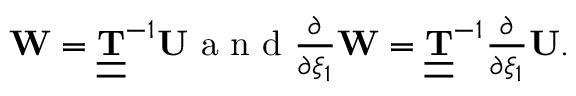
\begin{array} { r } { \mathbf { W } = \underline { { \underline { { \bf T } } } } ^ { - 1 } \mathbf { U } \mathrm { ~ a ~ n ~ d ~ } \frac { \partial } { \partial \xi _ { 1 } } \mathbf { W } = \underline { { \underline { { \bf T } } } } ^ { - 1 } \frac { \partial } { \partial \xi _ { 1 } } \mathbf { U } . } \end{array}